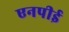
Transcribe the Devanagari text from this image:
एनपीई